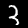
Digit: 3